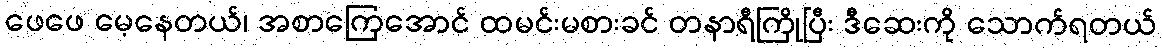
ဖေဖေ မေ့နေတယ်၊ အစာကြေအောင် ထမင်းမစားခင် တနာရီကြိုပြီး ဒီဆေးကို သောက်ရတယ်